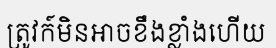
ត្រូវក៍មិនអាចខឹងខ្លាំងហើយ